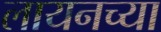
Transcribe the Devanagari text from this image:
लायनच्या